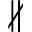
\nparallel